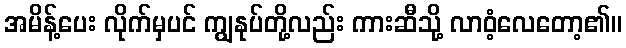
အမိန့်ပေး လိုက်မှပင် ကျွနုပ်တို့လည်း ကားဆီသို့ လာဝံ့လေတော့၏။